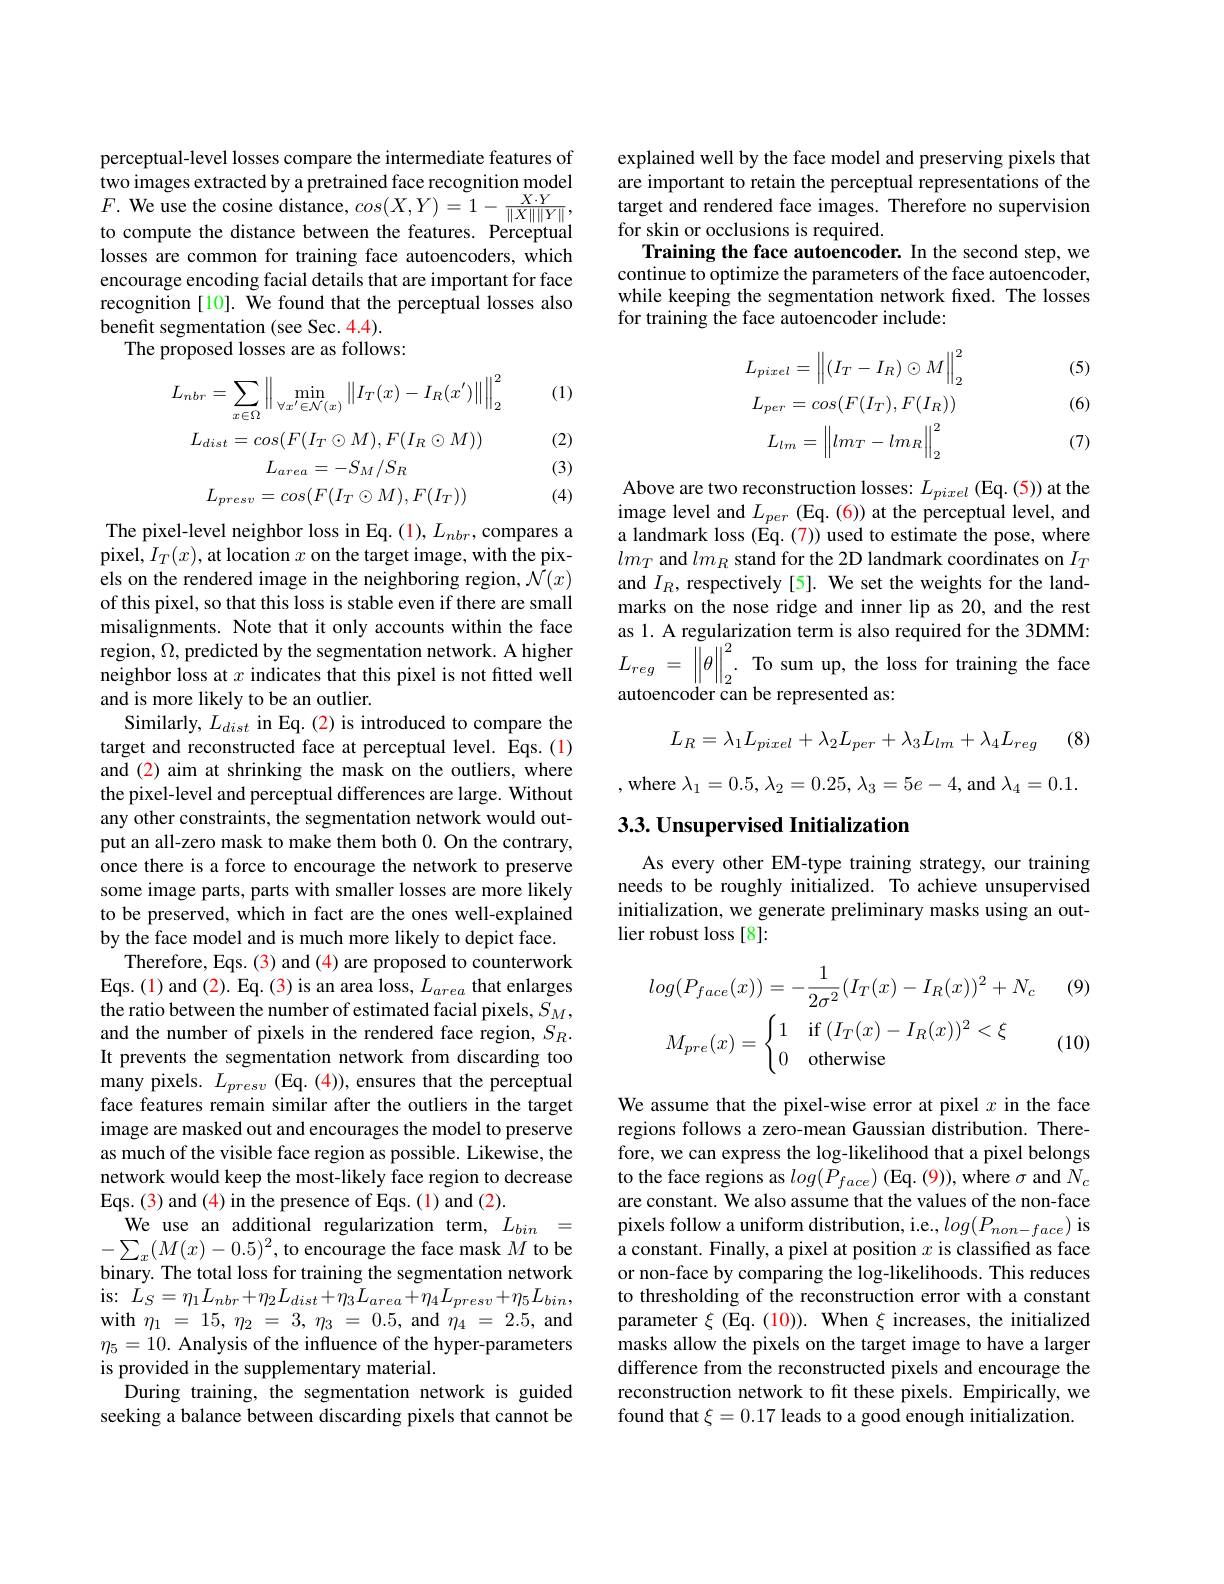
perceptual-level losses compare the intermediate features of two images extracted by a pretrained face recognition model $F.$ We use the cosine distance, $cos( X, Y) = 1- \frac {X\cdot Y}{\| X\| \| Y\| }$, to comato tho diston bottron tho fontron thon fontron to compute the distance between the features. Perceptual losses are common for training face autoencoders, which encourage encoding facial details that are important for face recognition [10]. We found that the perceptual losses also benefit segmentation (see Sec. 4.4).
The proposed losses are as follows:

(1)

(2)
$$L_{nbr}=\sum_{x\in\Omega}\left\|\operatorname*{min}_{\forall x^{\prime}\in\mathcal{N}(x)}\left\|I_{T}(x)-I_{R}(x^{\prime})\right\|\right\|_{2}^{2}\\L_{dist}=cos(F(I_{T}\odot M),F(I_{R}\odot M))\\L_{area}=-S_{M}/S_{R}\\L_{presv}=cos(F(I_{T}\odot M),F(I_{T}))$$
(3) (4)

The pixel-level neighbor loss in Eq. (1), $L_nbr$, compares a pixel, $I_T(x)$, at location $x$ on the target image, with the pixels on the rendered image in the neighboring region, $\bar{\mathcal{N}}(x)$ of this pixel, so that this loss is stable even if there are small misalignments. Note that it only accounts within the face region, $\Omega$, predicted by the segmentation network. A higher neighbor loss at $x$ indicates that this pixel is not fitted well and is more likely to be an outlier.
Similarly, $L_dist$ in Eq.(2) is introduced to compare the target and reconstructed face at perceptual level. Eqs.(1) and (2) aim at shrinking the mask on the outliers, where the pixel-level and perceptual differences are large. Without any other constraints, the segmentation network would output an all-zero mask to make them both 0. On the contrary, once there is a force to encourage the network to preserve some image parts, parts with smaller losses are more likely to be preserved, which in fact are the ones well-explained by the face model and is much more likely to depict face.
Therefore, Eqs. (3) and (4) are proposed to counterwork Eqs. (1) and (2). Eq. (3) is an area loss, $L_{area}$ that enlarges the ratio between the number of estimated facial pixels, $S_M$, and the number of pixels in the rendered face region, $S_R.$ It prevents the segmentation network from discarding too many pixels. $L_{presv}$ (Eq. (4)), ensures that the perceptual face features remain similar after the outliers in the target image are masked out and encourages the model to preserve as much of the visible face region as possible. Likewise, the network would keep the most-likely face region to decrease Eqs. (3) and (4) in the presence of Eqs. (1) and (2).
We use an additional regularization term, $L_bin=$ $-\sum_{x}(M(x)-0.5)^{2}$,to encourage the face mask $M$ to be binary. The total loss for training the segmentation network is:$L_S=\eta_{1}L_{nbr}+\eta_{2}L_{dist}+\eta_{3}L_{area}+\eta_{4}L_{presv}+\eta_{5}L_{bin}$, with$\eta_{1}=15,\eta_{2}=3,\eta_{3}=0.5$,and$\eta_{4}=2.5$,and $\eta_5=10.$ Analysis of the influence of the hyper-parameters is provided in the supplementary material.
During training, the segmentation network is guided seeking a balance between discarding pixels that cannot be

explained well by the face model and preserving pixels that are important to retain the perceptual representations of the target and rendered face images. Therefore no supervision for skin or occlusions is required.
Training the face autoencoder. In the second step, we continue to optimize the parameters of the face autoencoder, while keeping the segmentation network fixed. The losses for training the face autoencoder include:

(5)

(6)
$$L_{pixel}=\left\|(I_{T}-I_{R})\odot M\right\|_{2}^{2}\\L_{per}=cos(F(I_{T}),F(I_{R}))\\L_{lm}=\left\|lm_{T}-lm_{R}\right\|_{2}^{2}$$
(7)

Above are two reconstruction losses: $L_pixel$ (Eq.(5)) at the image level and $L_per$ (Eq. (6)) at the perceptual level, and a landmark loss (Eq. (7)) used to estimate the pose, where $lm_T$ and $lm_R$ stand for the 2D landmark coordinates on $I_T$ and $I_R$, respectively[5]. We set the weights for the landmarks on the nose ridge and inner lip as 20, and the rest as 1. A regularization term is also required for the 3DMM: $L_{reg}$ = $\left \| \tilde{\theta } \right \| _{2}^{2}.$ To sum up, the loss for training the face autoencoder can be represented as:

(8)
$$L_R=\lambda_1L_{pixel}+\lambda_2L_{per}+\lambda_3L_{lm}+\lambda_4L_{reg}$$
,where$\lambda_1=0.5,\lambda_{2}=0.25,\lambda_{3}=5e-4$,and$\lambda_4=0.1.$

## 3.3. Unsupervised Initialization

As every other EM-type training strategy, our training needs to be roughly initialized. To achieve unsupervised initialization, we generate preliminary masks using an outlier robust loss [8]:

(9)
$$\begin{aligned}&log(P_{face}(x))=-\frac{1}{2\sigma^{2}}(I_{T}(x)-I_{R}(x))^{2}+N_{c}\\&M_{pre}(x)=\begin{cases}1&\text{if}\:(I_T(x)-I_R(x))^2<\xi\\0&\text{otherwise}\end{cases}\end{aligned}$$
(10)

We assume that the pixel-wise error at pixel $x$ in the face regions follows a zero-mean Gaussian distribution. Therefore, we can express the log-likelihood that a pixel belongs to the face regions as $log(P_{face})$ (Eq. (9)), where $\sigma$ and $N_c$ are constant. We also assume that the values of the non-face pixels follow a uniform distribution, i.e., $log(P_{non-face})$ is a constant. Finally, a pixel at position $x$ is classified as face or non-face by comparing the log-likelihoods. This reduces to thresholding of the reconstruction error with a constant parameter $\xi$ (Eq. (10)). When $\xi$ increases, the initialized masks allow the pixels on the target image to have a larger difference from the reconstructed pixels and encourage the reconstruction network to fit these pixels. Empirically, we found that $\xi=0.17$ leads to a good enough initialization.